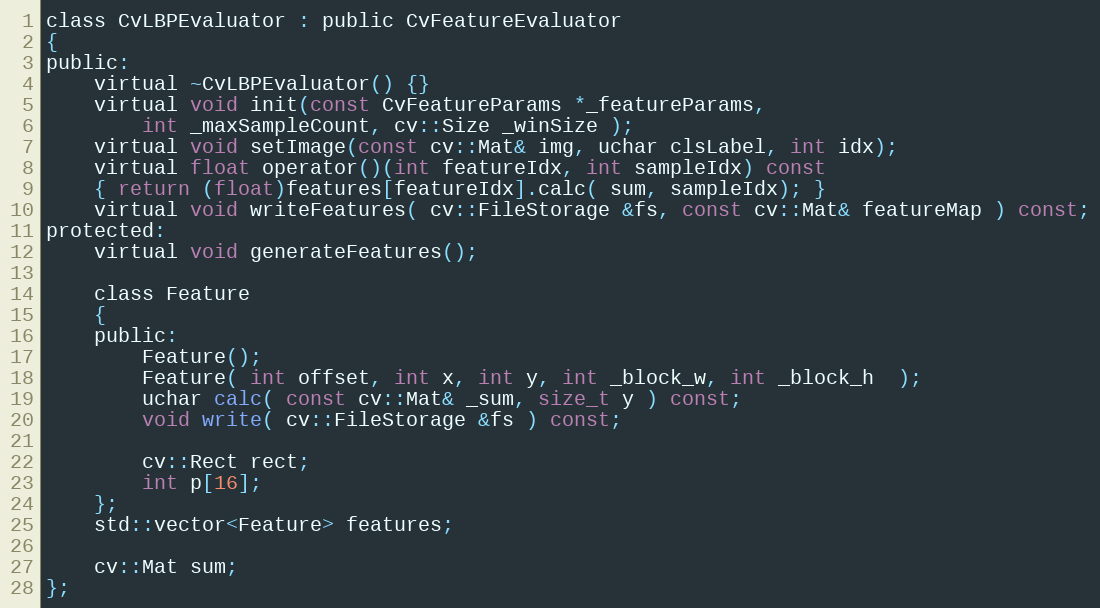
Language: C
class CvLBPEvaluator : public CvFeatureEvaluator
{
public:
    virtual ~CvLBPEvaluator() {}
    virtual void init(const CvFeatureParams *_featureParams,
        int _maxSampleCount, cv::Size _winSize );
    virtual void setImage(const cv::Mat& img, uchar clsLabel, int idx);
    virtual float operator()(int featureIdx, int sampleIdx) const
    { return (float)features[featureIdx].calc( sum, sampleIdx); }
    virtual void writeFeatures( cv::FileStorage &fs, const cv::Mat& featureMap ) const;
protected:
    virtual void generateFeatures();

    class Feature
    {
    public:
        Feature();
        Feature( int offset, int x, int y, int _block_w, int _block_h  );
        uchar calc( const cv::Mat& _sum, size_t y ) const;
        void write( cv::FileStorage &fs ) const;

        cv::Rect rect;
        int p[16];
    };
    std::vector<Feature> features;

    cv::Mat sum;
};